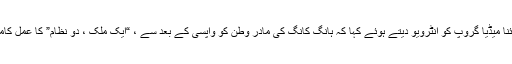
انہوں نے چائنا میڈیا گروپ کو انٹرویو دیتے ہوئے کہا کہ ہانگ کانگ کی مادر وطن کو واپسی کے بعد سے ، “ایک ملک ، دو نظام” کا عمل کامیاب رہا ہے۔